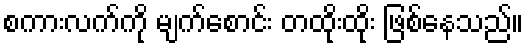
စကားလက်ကို မျက်စောင်း တထိုးထိုး ဖြစ်နေသည်။